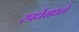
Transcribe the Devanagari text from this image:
स्पर्धेमधले